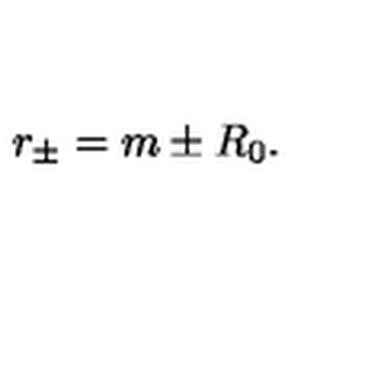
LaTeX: r _ { \pm } = m \pm R _ { 0 } .